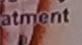
atment